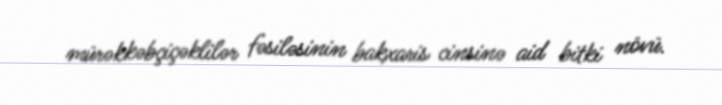
mürəkkəbçiçəklilər fəsiləsinin bakxaris cinsinə aid bitki növü.